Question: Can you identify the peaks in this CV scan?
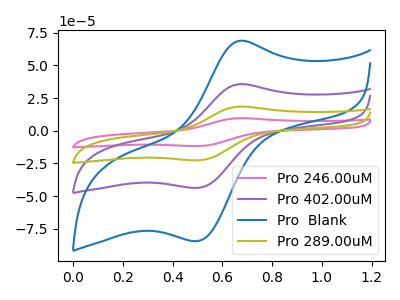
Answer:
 <answer>The pink curve "Pro 246.00uM" has an anodic peak at (0.70V, 107.10uA) and a cathodic peak at (0.50V, -131.45uA). The purple curve "Pro 402.00uM" has an anodic peak at (0.70V, 35.70uA) and a cathodic peak at (0.50V, -43.80uA). The blue curve "Pro  Blank" has an anodic peak at (0.70V, 68.90uA) and a cathodic peak at (0.50V, -84.55uA). The olive curve "Pro 289.00uM" has an anodic peak at (0.70V, 71.40uA) and a cathodic peak at (0.50V, -87.60uA).</answer>
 <eval></eval>